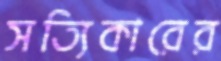
সত্যিকারের